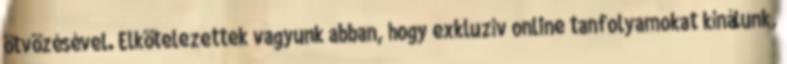
ötvözésével. Elkötelezettek vagyunk abban, hogy exkluzív online tanfolyamokat kínálunk,